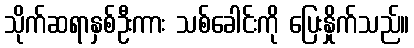
သိုက်ဆရာနှစ်ဦးကား သစ်ခေါင်းကို ပြေးနှိုက်သည်။